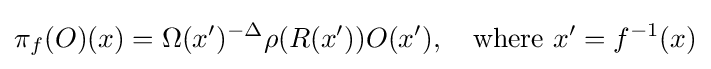
\pi _{f}(O)(x)=\Omega (x')^{-\Delta }\rho (R(x'))O(x'),\quad {\text{where}}\ x'=f^{-1}(x)